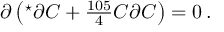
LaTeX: \partial \left( { } ^ { \star } \partial C + { \textstyle \frac { 1 0 5 } { 4 } } C \partial C \right) = 0 \, .